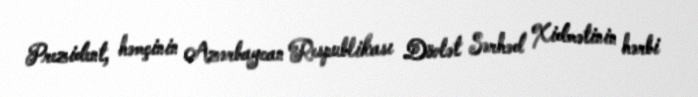
Prezident, həmçinin Azərbaycan Respublikası Dövlət Sərhəd Xidmətinin hərbi